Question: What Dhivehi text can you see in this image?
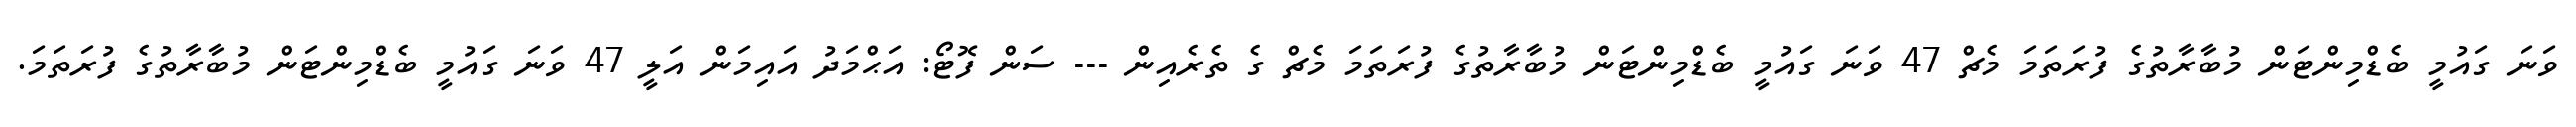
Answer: ވަނަ ގައުމީ ބެޑްމިންޓަން މުބާރާތުގެ ފުރަތަމަ މެޗް 47 ވަނަ ގައުމީ ބެޑްމިންޓަން މުބާރާތުގެ ފުރަތަމަ މެޗް ގެ ތެރެއިން --- ސަން ފޮޓޯ: އަޙްމަދު އައިމަން އަލީ 47 ވަނަ ގައުމީ ބެޑްމިންޓަން މުބާރާތުގެ ފުރަތަމަ.